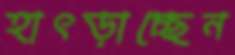
হাৎড়াচ্ছেন